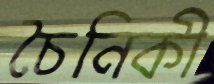
চৈনিকী